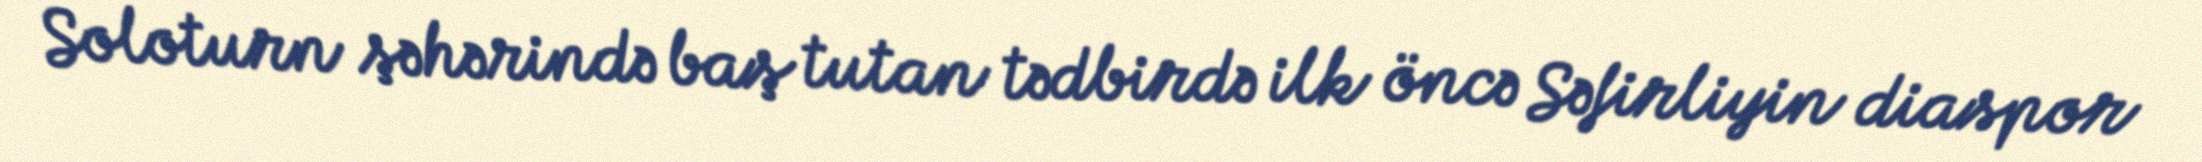
Soloturn şəhərində baş tutan tədbirdə ilk öncə Səfirliyin diaspor